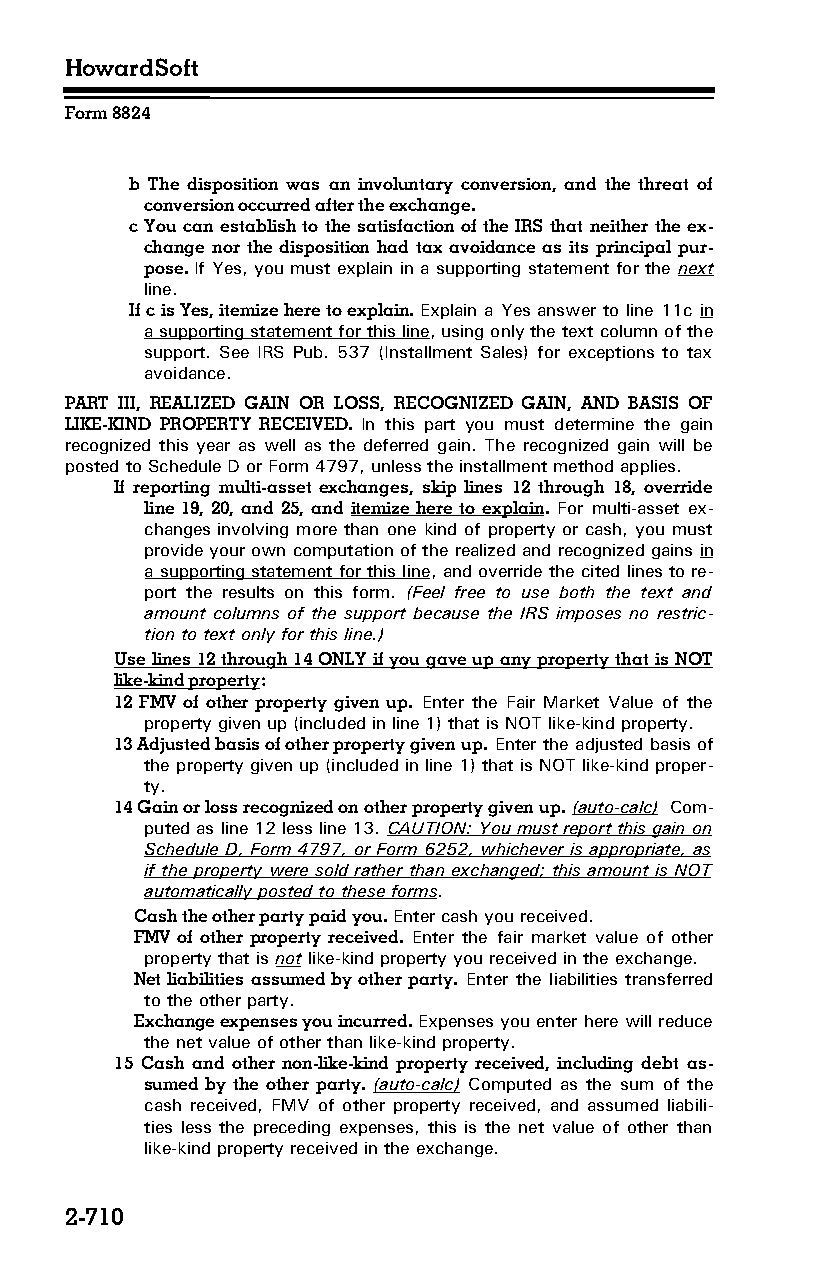
HowardSoft
 Form 8824
 b The disposition was an involuntary conversion, and the threat of
 conversion occurred after the exchange.
 c You can establish to the satisfaction of the IRS that neither the ex­
 change nor the disposition had tax avoidance as its principal pur­
 pose. If Yes, you must explain in a supporting statement for the next
 line.
 If c is Yes, itemize here to explain. Explain a Yes answer to line 11c in
 a supporting statement for this line, using only the text column of the
 support. See IRS Pub. 537 (Installment Sales) for exceptions to tax
 avoidance.
 PART III, REALIZED GAIN OR LOSS, RECOGNIZED GAIN, AND BASIS OF
 LIKE-KIND PROPERTY RECEIVED. In this part you must determine the gain
 recognized this year as well as the deferred gain. The recognized gain will be
 posted to Schedule D or Form 4797, unless the installment method applies.
 If reporting multi-asset exchanges, skip lines 12 through 18, override
 line 19, 20, and 25, and itemize here to explain. For multi-asset ex­
 changes involving more than one kind of property or cash, you must
 provide your own computation of the realized and recognized gains in
 a supporting statement for this line, and override the cited lines to re­
 port the results on this form. (Feel free to use both the text and
 amount columns of the support because the IRS imposes no restric­
 tion to text only for this line.)
 Use lines 12 through 14 ONLY if you gave up any property that is NOT
 like-kind property:
 12 FMV of other property given up. Enter the Fair Market Value of the
 property given up (included in line 1) that is NOT like-kind property.
 13 Adjusted basis of other property given up. Enter the adjusted basis of
 the property given up (included in line 1) that is NOT like-kind proper­
 ty.
 14 Gain or loss recognized on other property given up. (auto-calc) Com­
 puted as line 12 less line 13. CAUTION: You must report this gain on
 Schedule D, Form 4797, or Form 6252, whichever is appropriate, as
 if the property were sold rather than exchanged; this amount is NOT
 automatically posted to these forms.
 Cash the other party paid you. Enter cash you received.
 FMV of other property received. Enter the fair market value of other
 property that is not like-kind property you received in the exchange.
 Net liabilities assumed by other party. Enter the liabilities transferred
 to the other party.
 Exchange expenses you incurred. Expenses you enter here will reduce
 the net value of other than like-kind property.
 15 Cash and other non-like-kind property received, including debt as­
 sumed by the other party. (auto-calc) Computed as the sum of the
 cash received, FMV of other property received, and assumed liabili­
 ties less the preceding expenses, this is the net value of other than
 like-kind property received in the exchange.
 2-710